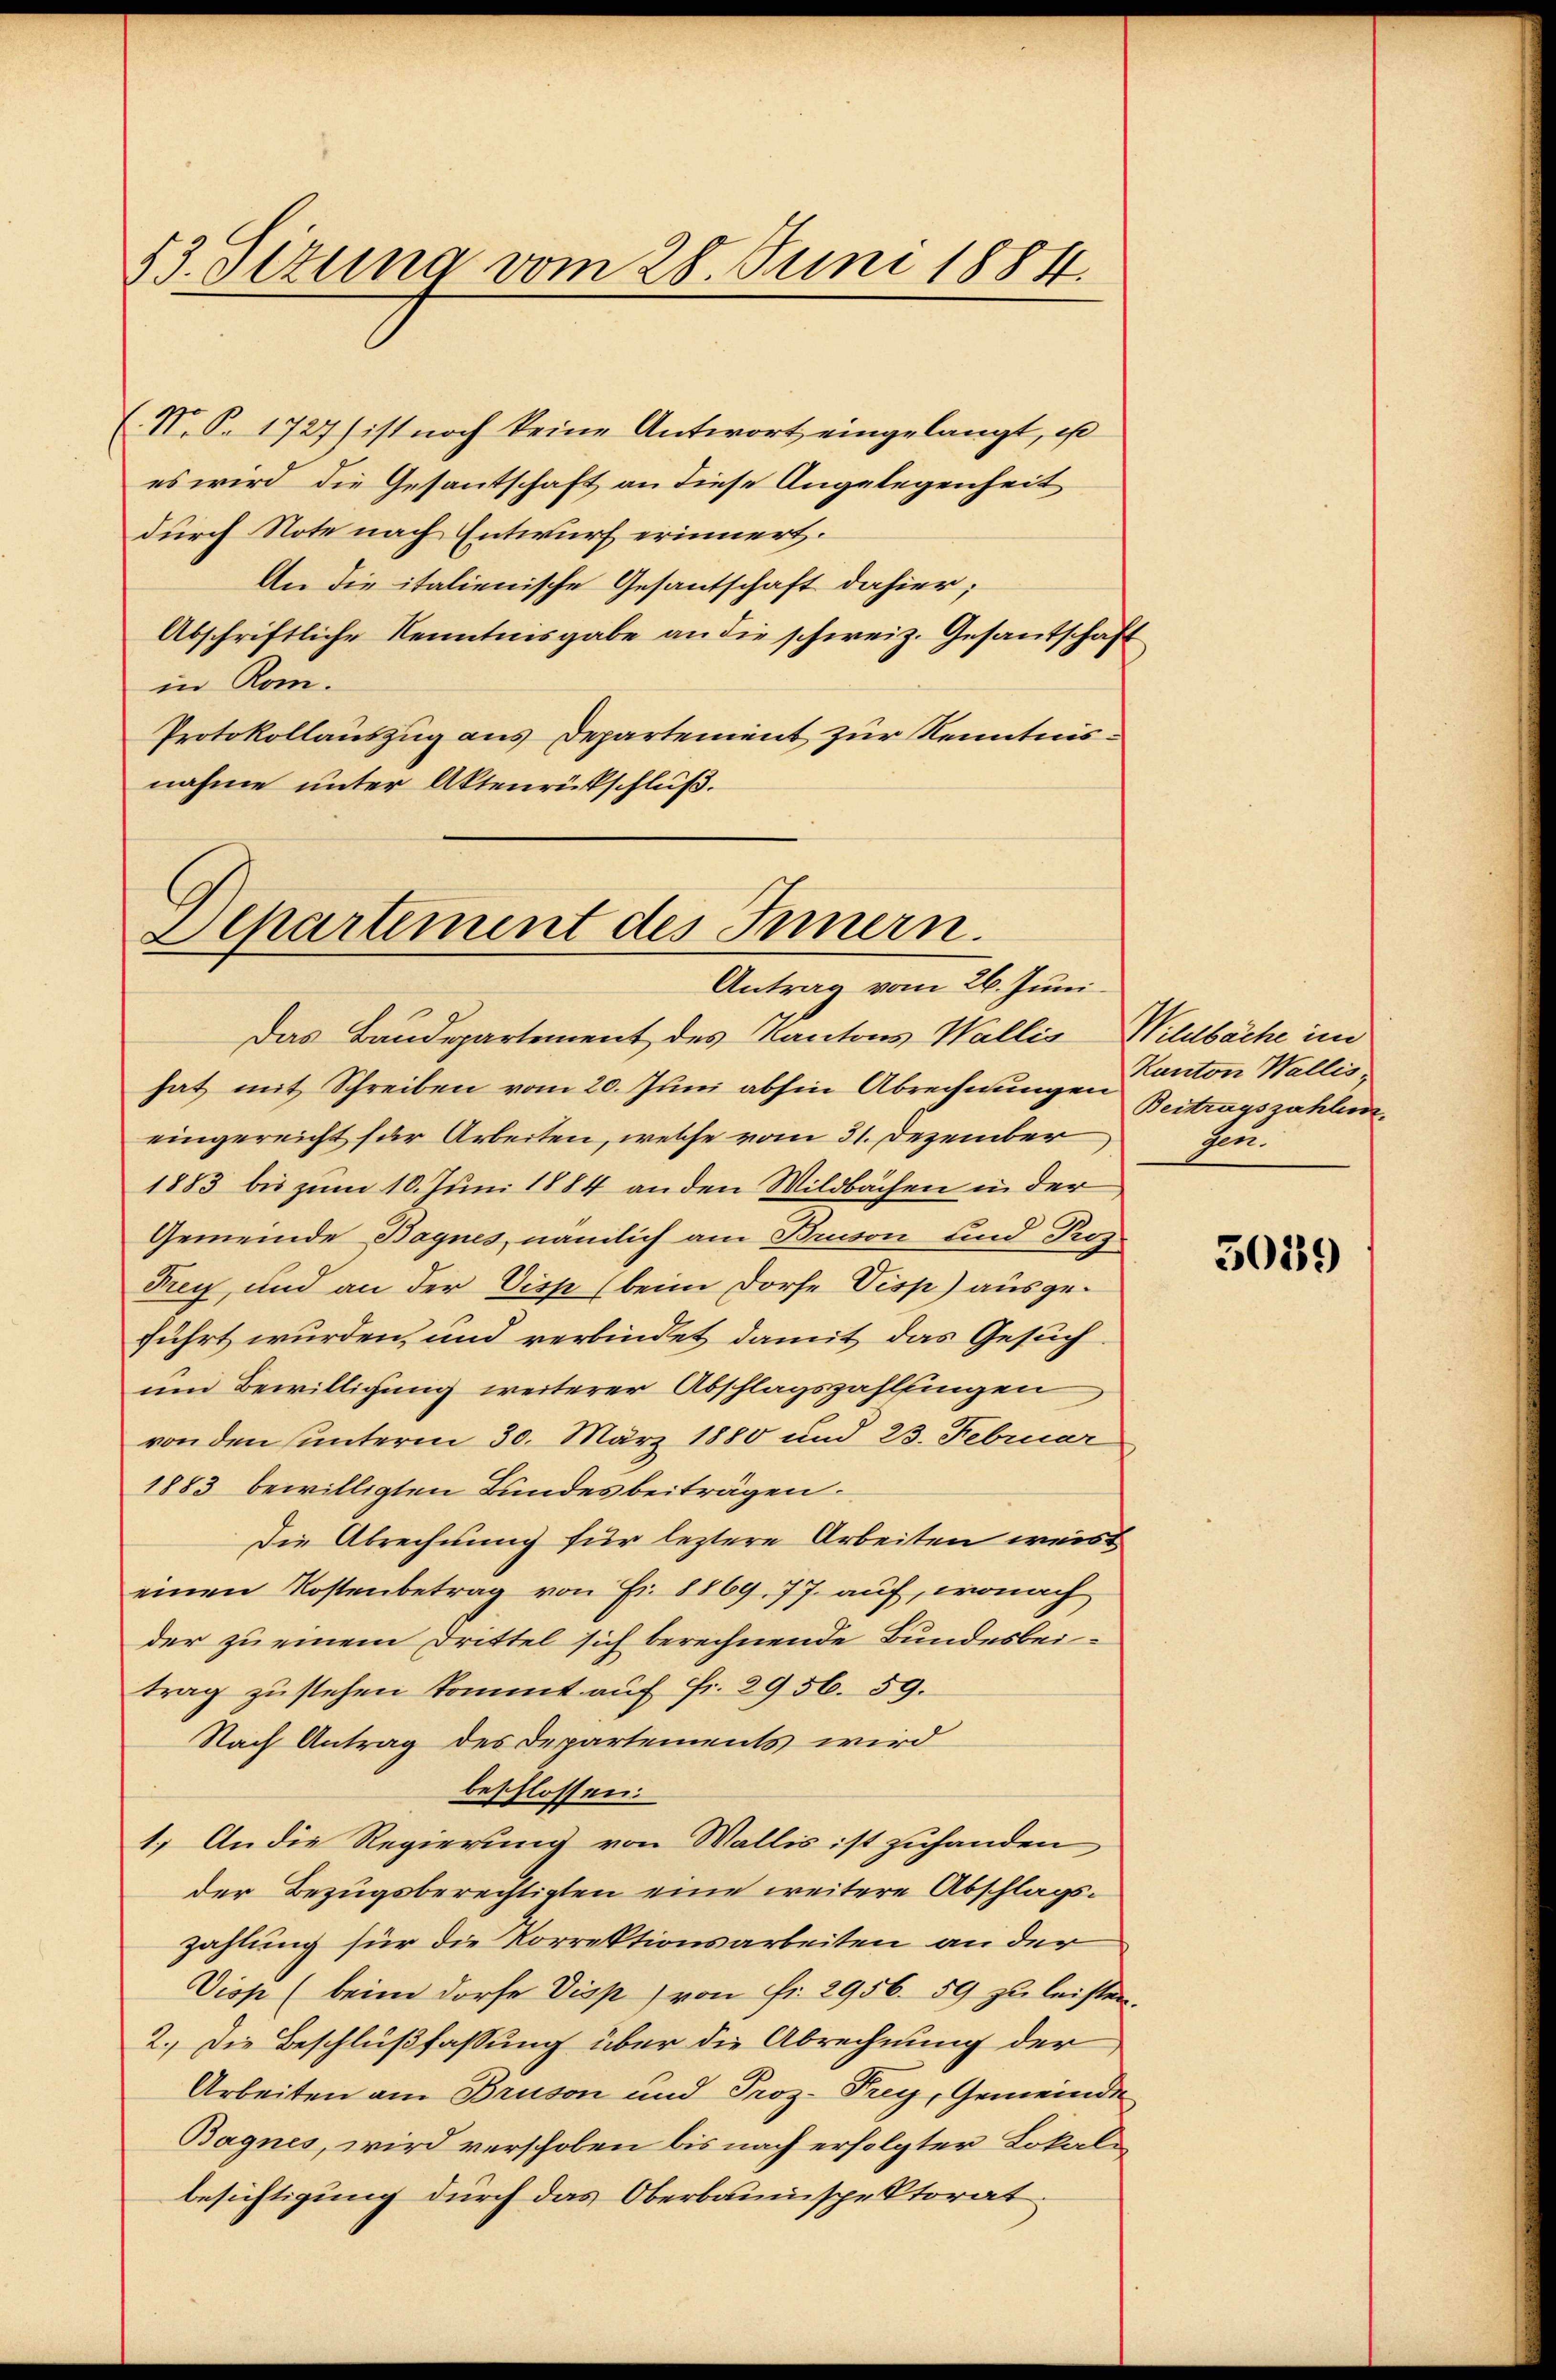
53. Sizung vom 28. Juni 1884.

(. V. P. 1727 ist noch keine Antwort eingelangt, es
es wird die Gesantschaft an diese Angelegenheit
durch Note nach Entwurf erinnert.
An die italienische Gesantschaft dahier;
Abschriftliche Kenntnisgabe an die schweiz. Gesandschaft
in Rom.
Protokollauszug aus Departement zur Kenntnisnahme unter Aktenrückschluß.

Separtement des Innern.
Antrag vom 26. Juni

Das Baudepartement des Kantons Wallis Wildbäche im
hat mit Schreiben vom 20. Juni abhin Abrechnungen Canton Waller
eingereicht für Arbeiten, welche vom 31. Dezember
1883 bis zum 10. Juni 1884 an den Wildbachen in der
Gemeinde Bagnes, nämlich am Bruson und Pros¬
Frey, und an der Disp (beim Dorfe Visp) ausgeführt wurden, und verbindet damit das Gesuch¬
und Bewilligung weiterer Abschlagszahlfingen
von den unterm 30. März 1880 und 23. Februar
1883 bewilligten Bundesbeiträgen.
Die Abrechnung für leztere Arbeiten weist
einen Kostenbetrag von Fr. 8869. 77. auf, wonach
der zu einem Drittel sich berechnende Bundesbeitrag zustehen kommt auf Fr. 2956. 59.
Nach Antrag des Departements wird
beschlossen:
1.) An die Regierung von Wallis ist zuhanden
der Bezugsberechtigten eine weitere Abschlagszahlung für die Korrektionsarbeiten an der
Visp (beim Dorfe Disp. von Fr. 2956. 59 zu leisten.
2.) Die Beschlußfassung über die Abrechnung der
Arbeiten am Bruson und Proz. Frey, Gemeinde
Bagnes, wird verschoben bis nach erfolgter Lokalbesichtigung durch das Oberbauinspektorat

Beitragszahlun
zen.

5059